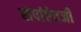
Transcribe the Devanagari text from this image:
रोपांएेवजी